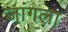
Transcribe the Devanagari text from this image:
जांगला